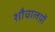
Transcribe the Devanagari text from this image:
शौचालय़ों